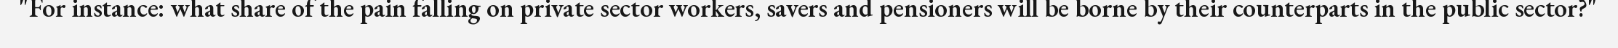
"For instance: what share of the pain falling on private sector workers, savers and pensioners will be borne by their counterparts in the public sector?"